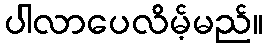
ပါလာပေလိမ့်မည်။